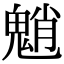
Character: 魈